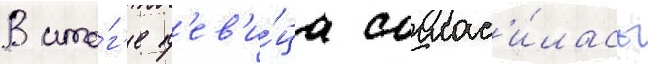
В ито́г'е п'ев'и́ца соглас'и́лась